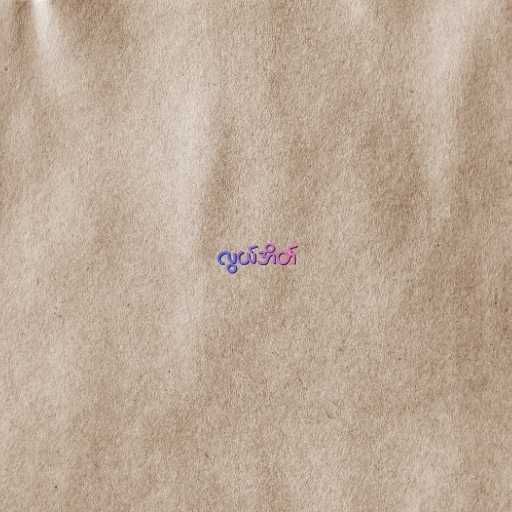
လွယ်အိတ်